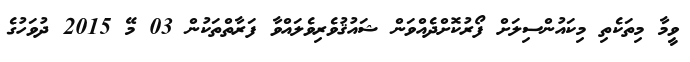
ވީމާ މިތަކެތި މިކައުންސިލަށް ފޯރުކޮށްދެއްވަން ޝައުޤުވެރިވެލައްވާ ފަރާތްތަކުން 03 މޭ 2015 ދުވަހުގެ